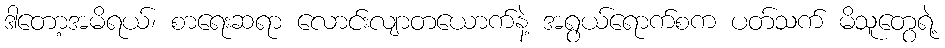
ဒါတော့အမိရယ်၊ စာရေးဆရာ လောင်းလျာတယောက်နဲ့ အရွယ်ရောက်စက ပတ်သက် မိသူတွေရဲ့